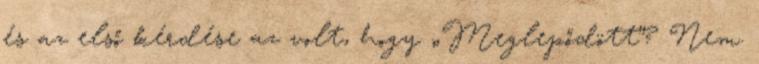
és az első kérdése az volt, hogy „Meglepődött”? Nem.